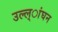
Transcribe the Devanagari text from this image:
उल्ल्ांघन